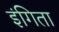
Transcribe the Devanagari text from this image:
इंगिता